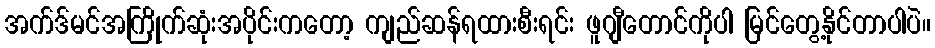
အက်ဒ်မင်အကြိုက်ဆုံးအပိုင်းကတော့ ကျည်ဆန်ရထားစီးရင်း ဖူဂျီတောင်ကိုပါ မြင်တွေ့နိုင်တာပါပဲ။